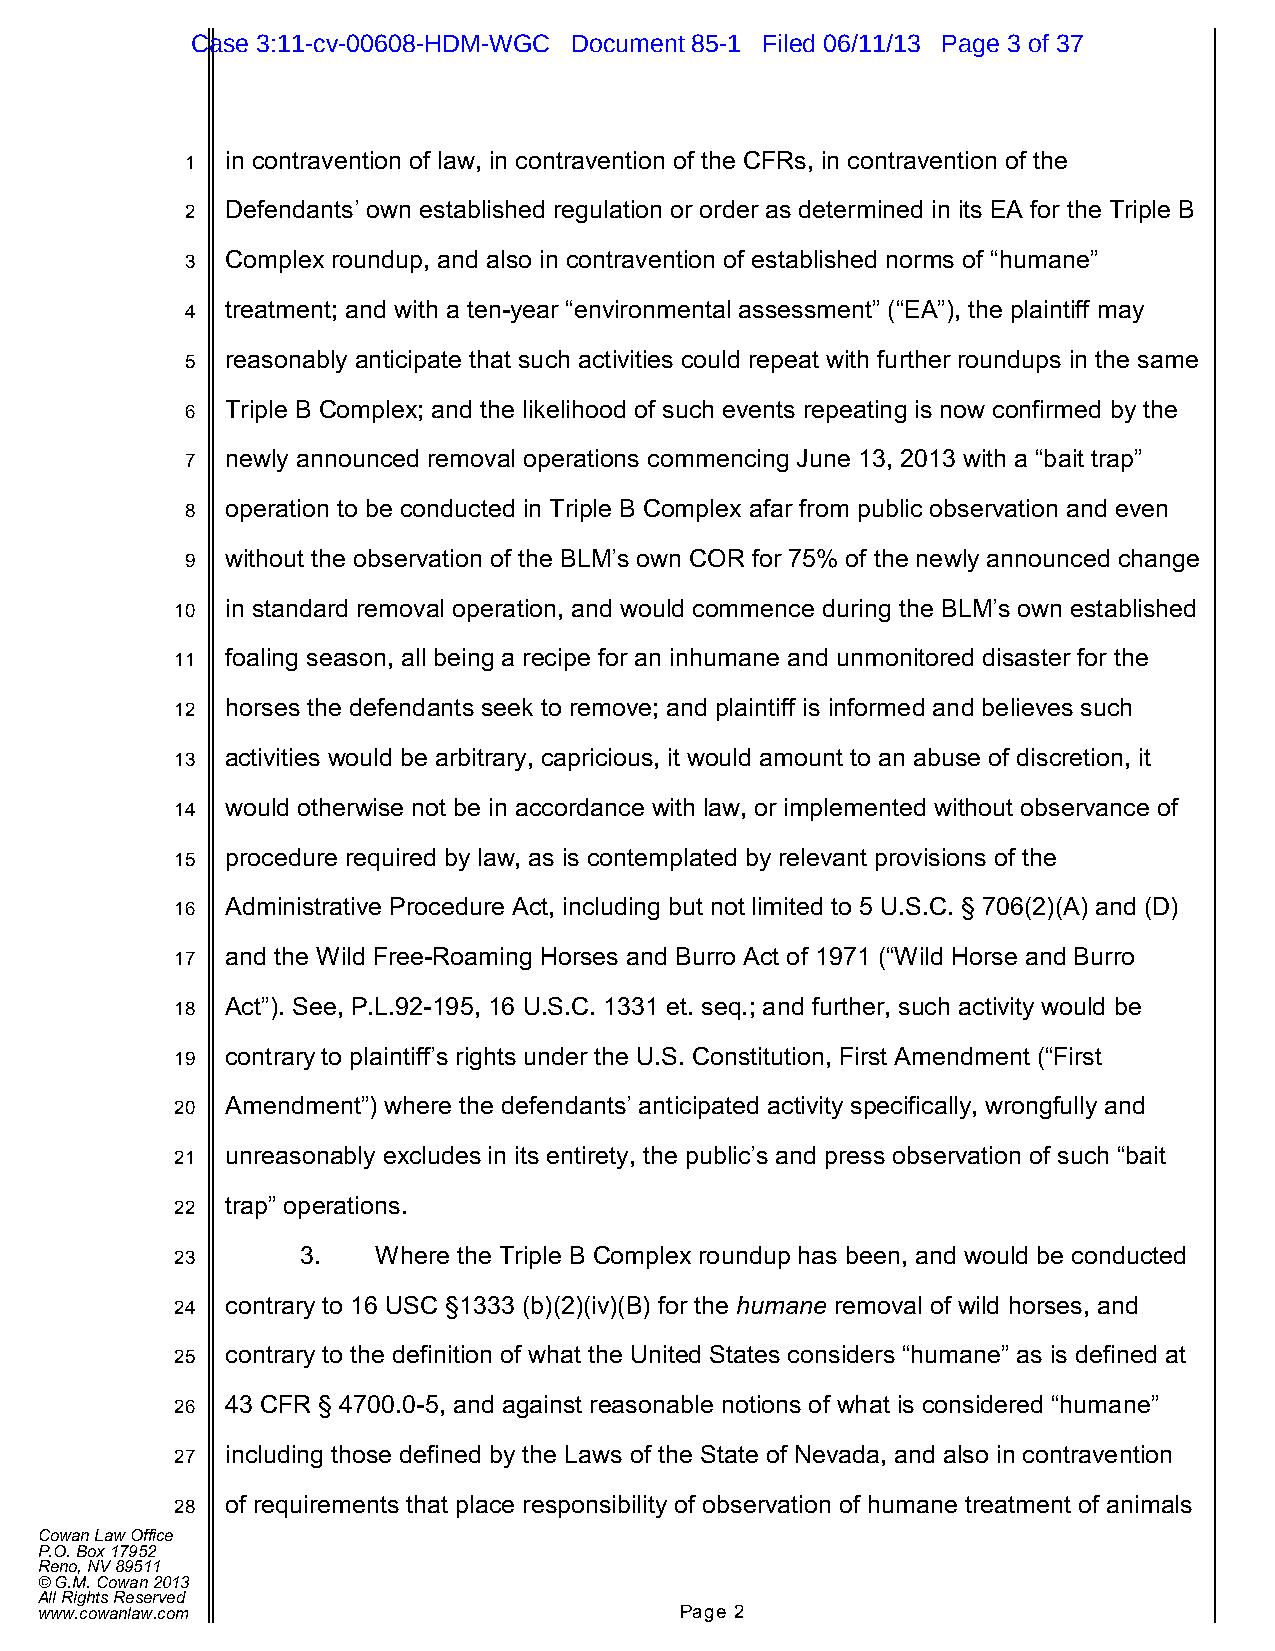
Case 3:11-cv-00608-HDM-WGC Document 85-1 Filed 06/11/13 Page 3 of 37
 1  in contravention of law, in contravention of the CFRs, in contravention of the
 2  Defendants’ own established regulation or order as determined in its EA for the Triple B
 3  Complex roundup, and also in contravention of established norms of “humane”
 4  treatment; and with a ten-year “environmental assessment” (“EA”), the plaintiff may
 5  reasonably anticipate that such activities could repeat with further roundups in the same
 6  Triple B Complex; and the likelihood of such events repeating is now confirmed by the
 7  newly announced removal operations commencing June 13, 2013 with a “bait trap”
 8  operation to be conducted in Triple B Complex afar from public observation and even
 9  without the observation of the BLM’s own COR for 75% of the newly announced change
 10 in standard removal operation, and would commence during the BLM’s own established
 11 foaling season, all being a recipe for an inhumane and unmonitored disaster for the
 12 horses the defendants seek to remove; and plaintiff is informed and believes such
 13 activities would be arbitrary, capricious, it would amount to an abuse of discretion, it
 14 would otherwise not be in accordance with law, or implemented without observance of
 15 procedure required by law, as is contemplated by relevant provisions of the
 16 Administrative Procedure Act, including but not limited to 5 U.S.C. § 706(2)(A) and (D)
 17 and the Wild Free-Roaming Horses and Burro Act of 1971 (“Wild Horse and Burro
 18 Act”). See, P.L.92-195, 16 U.S.C. 1331 et. seq.; and further, such activity would be
 19 contrary to plaintiff’s rights under the U.S. Constitution, First Amendment (“First
 20 Amendment”) where the defendants’ anticipated activity specifically, wrongfully and
 21 unreasonably excludes in its entirety, the public’s and press observation of such “bait
 22 trap” operations.
 23      3.   Where the Triple B Complex roundup has been, and would be conducted
 24 contrary to 16 USC §1333 (b)(2)(iv)(B) for the humane removal of wild horses, and
 25 contrary to the definition of what the United States considers “humane” as is defined at
 26 43 CFR § 4700.0-5, and against reasonable notions of what is considered “humane”
 27 including those defined by the Laws of the State of Nevada, and also in contravention
 28 of requirements that place responsibility of observation of humane treatment of animals
 Cowan Law Office
 P.O. Box 17952
 Reno, NV 89511
 © G.M. Cowan 2013
 All Rights Reserved
 www.cowanlaw.com                           Page 2